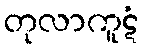
တုလာကူဋံ